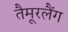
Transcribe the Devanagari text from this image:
तैमूरलैंग